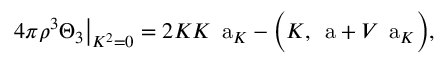
4 \pi \rho ^ { 3 } \Theta _ { 3 } { \big | } _ { K ^ { 2 } = 0 } = 2 K K \mathrm { \Large ~ a } _ { K } - { \biggl ( } K , \mathrm { \Large ~ a } + V \mathrm { \Large ~ a } _ { K } { \biggr ) } ,